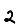
Digit: 2